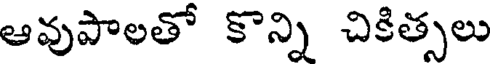
ఆవుపాలతో కొన్ని చికిత్సలు